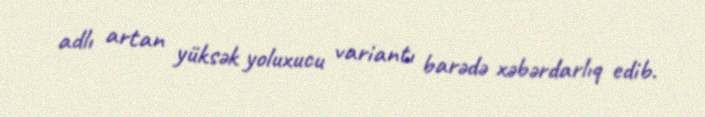
adlı artan yüksək yoluxucu variantı barədə xəbərdarlıq edib.